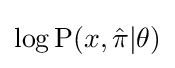
\log {\text{P}}(x,{\hat {\pi }}|\theta )